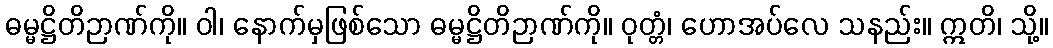
ဓမ္မဋ္ဌိတိဉာဏ်ကို။ ဝါ၊ နောက်မှဖြစ်သော ဓမ္မဋ္ဌိတိဉာဏ်ကို။ ဝုတ္တံ၊ ဟောအပ်လေ သနည်း။ ဣတိ၊ သို့။